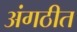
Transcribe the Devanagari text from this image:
अंगठीत